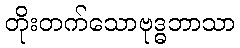
တိုးတက်သောဗုဒ္ဓဘာသာ